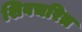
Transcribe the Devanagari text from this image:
शिवचरित्र